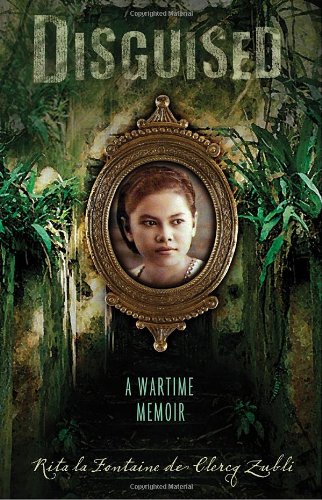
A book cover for Disguised: A Wartime Memoir; Rita la Fontaine de Clercq Zubli; Teen & Young Adult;